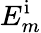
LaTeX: E_{m}^{\mathrm{i}}